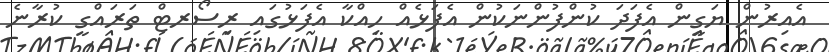
އެއިރުން ޔަގީން އެފަދަ ކުންފުންނަކުން އެފަޅެއް ހިއްކާ އެފަޅުގައި ރިސޯރޓް ތަރައްްގީ ކުރާނެ